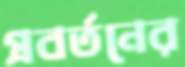
প্রবর্তনের